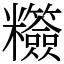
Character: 䊴